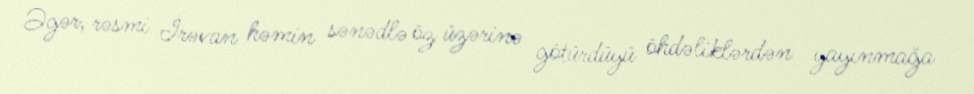
Əgər, rəsmi İrəvan həmin sənədlə öz üzərinə götürdüyü öhdəliklərdən yayınmağa